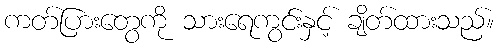
ကတ်ပြားတွေကို သားရေကွင်းနှင့် ချိတ်ထားသည်။